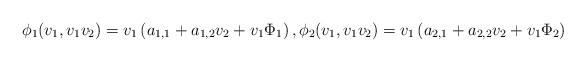
LaTeX: \begin{align*}\phi_1(v_1,v_1v_2) = v_1 \left(a_{1,1} + a_{1,2}v_2 + v_1\Phi_1 \right), \phi_2(v_1,v_1v_2) = v_1 \left(a_{2,1} + a_{2,2}v_2 + v_1\Phi_2 \right) \end{align*}